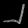
Digit: ၂